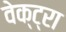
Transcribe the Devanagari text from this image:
वेक्ट्रा